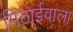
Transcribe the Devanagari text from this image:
मिठार्इवाला